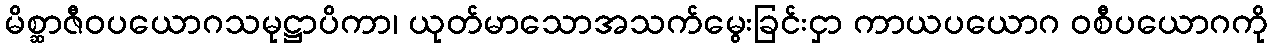
မိစ္ဆာဇီဝပယောဂသမုဋ္ဌာပိကာ၊ ယုတ်မာသောအသက်မွေးခြင်းငှာ ကာယပယောဂ ဝစီပယောဂကို